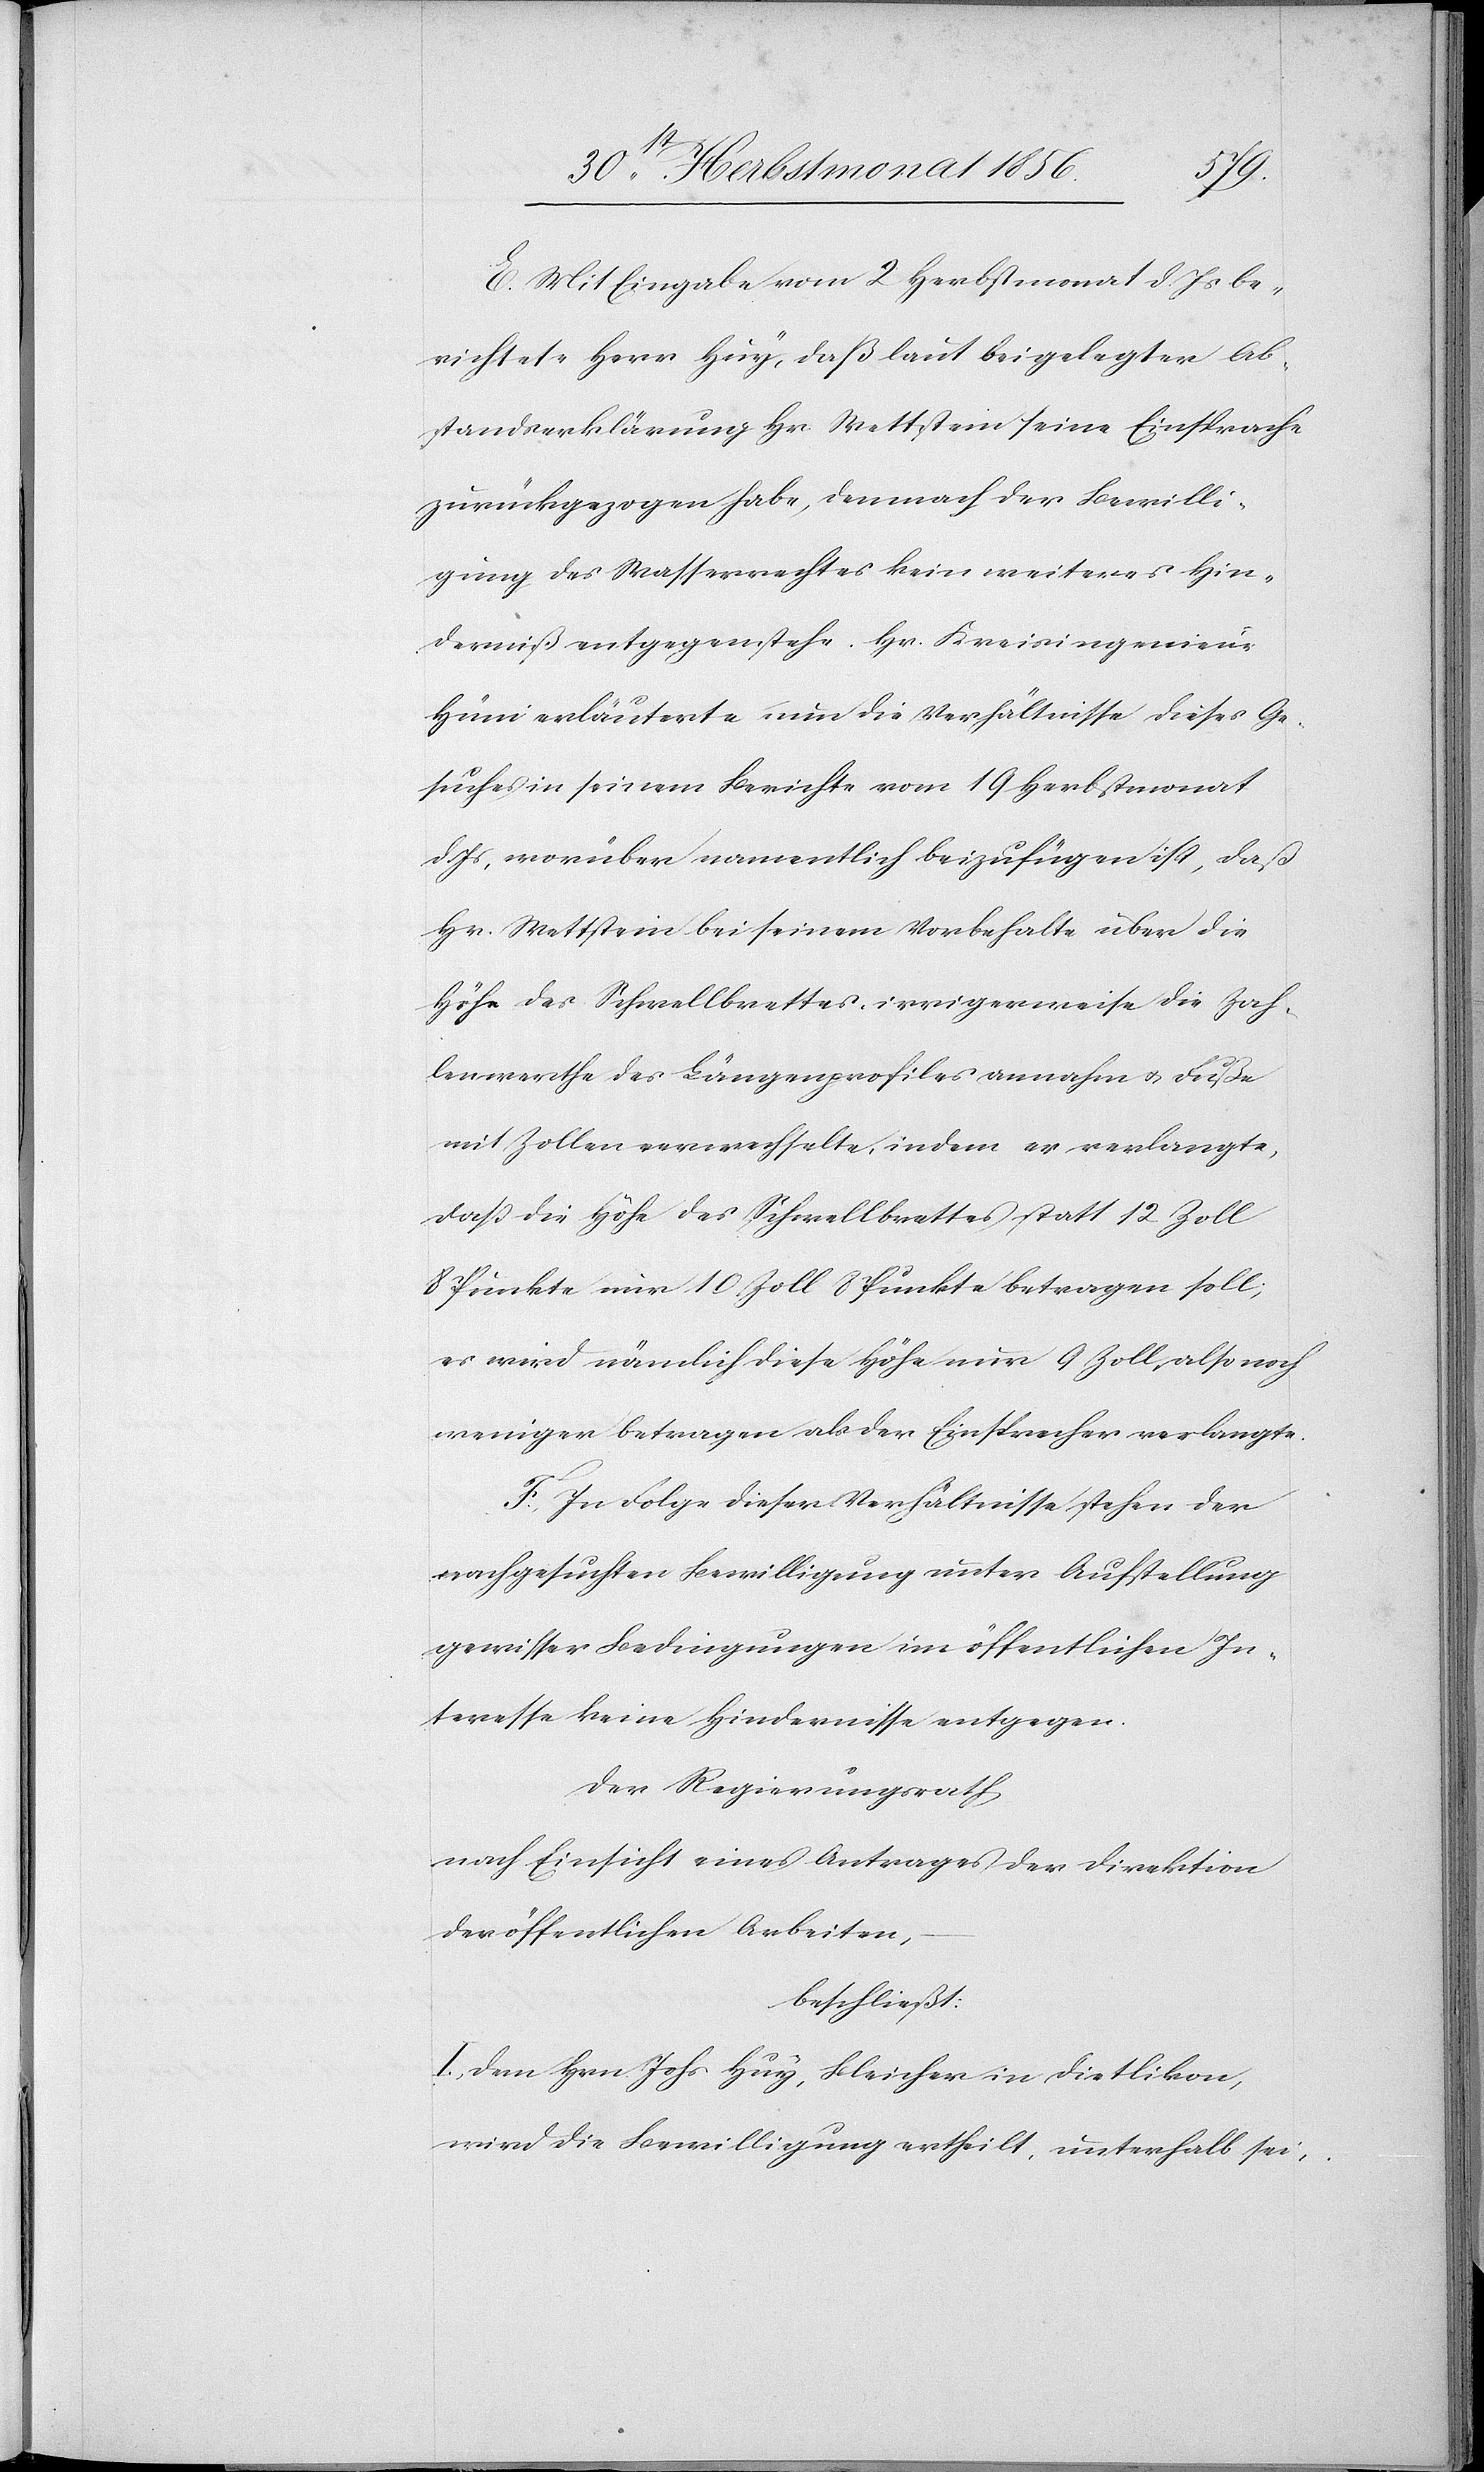
E.) Mit Eingabe vom 2 Herbstmonat d. Js be¬
richtete Herr Huy, daß laut beigelegter Ab¬
standserklärung Hr. Wettstein seine Einsprache
zurückgezogen habe, demnach der Bewilli¬
gung des Wasserrechtes kein weiteres Hin¬
derniß entgegenstehe. Hr. Kreisingenieur
Hüni erläuterte nun die Verhältnisse dieses Ge¬
suches in seinem Berichte vom 19 Herbstmonat
d. Js, worüber namentlich beizufügen ist, daß
Hr. Wettstein bei seinem Vorbehalte über die
Höhe des Schwellbrettes, irrigerweise die Zah¬
lenwerthe des Längenprofiles annahm u. Fuße
mit Zollen verwechselte, indem er verlangte,
dass die Höhe des Schwellbrettes statt 12 Zoll
8 Punkte nur 10 Zoll 8 Punkte betragen soll;
es wird nämlich diese Höhe nur 9 Zoll, also noch
weniger betragen als der Einsprecher verlangte.
F.) In Folge dieser Verhältnisse stehen der
nachgesuchten Bewilligung unter Aufstellung
gewisser Bedingungen im öffentlichen In¬
teresse keine Hindernisse entgegen.
Der Regierungsrath
nach Einsicht eines Antrages der Direktion
der öffentlichen Arbeiten,
beschließt:
I.) Dem Hrn. Johs Huy, Bleicher in Dietlikon,
wird die Bewilligung ertheilt, unterhalb sei-